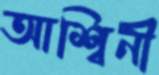
আশ্বিনী